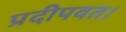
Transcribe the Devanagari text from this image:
प्रदीपवत।